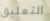
التعليق